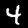
Digit: 4